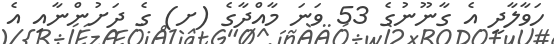
ހަވާލާދީ އެ ގާނޫނުގެ 53 ވަނަ މާއްދާގެ (ށ) ގެ ދަށުންނާއި އެ